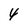
Character: 4